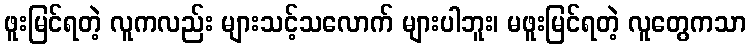
ဖူးမြင်ရတဲ့ လူကလည်း များသင့်သလောက် များပါဘူး၊ မဖူးမြင်ရတဲ့ လူတွေကသာ